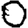
Digit: 0